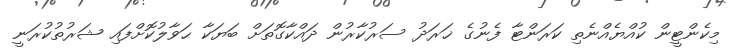
މިކެންޓީން ކުއްޔެއްނެތި ކަރަންޓާ ފެނުގެ ޚަރަދު ސަރުކާރުން ދައްކާގޮތަށް ބަޔަކާ ޙަވާލުކޮށްފައި ޝަރުތުކުރަނީ